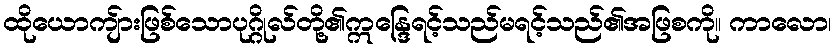
ထိုယောကျ်ားဖြစ်သောပုဂ္ဂိုလ်တို့၏ဣန္ဒြေရင့်သည်မရင့်သည်၏အဖြစကို။ ကာလော၊